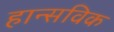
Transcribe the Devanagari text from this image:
हान्सविक